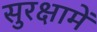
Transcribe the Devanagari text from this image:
सुरक्षामें